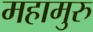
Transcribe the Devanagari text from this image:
महामुरु